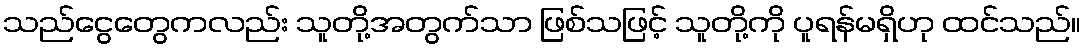
သည်ငွေတွေကလည်း သူတို့အတွက်သာ ဖြစ်သဖြင့် သူတို့ကို ပူရန်မရှိဟု ထင်သည်။